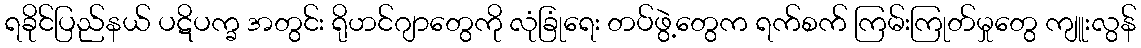
ရခိုင်ပြည်နယ် ပဋိပက္ခ အတွင်း ရိုဟင်ဂျာတွေကို လုံခြုံရေး တပ်ဖွဲ့တွေက ရက်စက် ကြမ်းကြုတ်မှုတွေ ကျူးလွန်